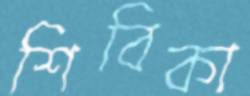
শিবিকা